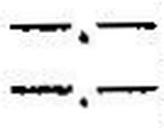
—.—